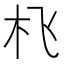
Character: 𱢿